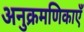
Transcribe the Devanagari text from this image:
अनुक्रमणिकाएँ